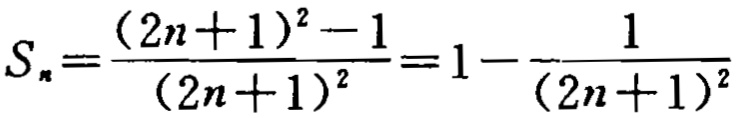
\(S_{n}=\frac{(2n + 1)^{2}-1}{(2n + 1)^{2}}=1-\frac{1}{(2n + 1)^{2}}\)